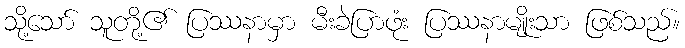
သို့သော် သူတို့၏ ပြဿနာမှာ မီးခဲပြာဖုံး ပြဿနာမျိုးသာ ဖြစ်သည်။